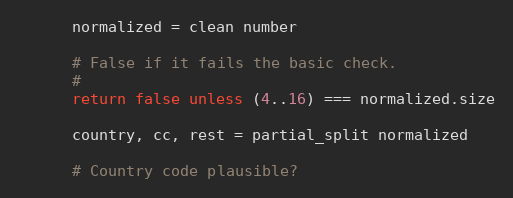
Language: Ruby
      normalized = clean number

      # False if it fails the basic check.
      #
      return false unless (4..16) === normalized.size

      country, cc, rest = partial_split normalized

      # Country code plausible?